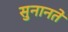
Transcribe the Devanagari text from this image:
सुनानते